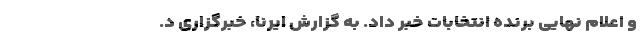
و اعلام نهایی برنده انتخابات خبر داد. به گزارش ایرنا، خبرگزاری د.